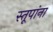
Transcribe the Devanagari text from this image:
स्तूपांना